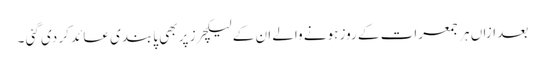
بعد ازاں ہر جمعرات کے روز ہونے والے ان کے لیکچرز پر بھی پابندی عائد کر دی گئی ۔